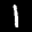
Label: 1